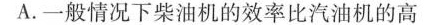
A.一般情况下柴油机的效率比汽油机的高